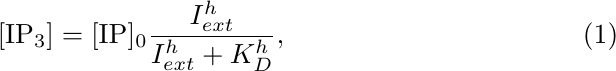
\begin{equation}
[{\rm IP}_3] = [{\rm IP}]_0\frac{I_{ext}^h}{I_{ext}^h+ K_D^h}, \label{eq:ip}
\end{equation}